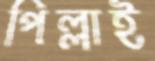
পিল্লাই